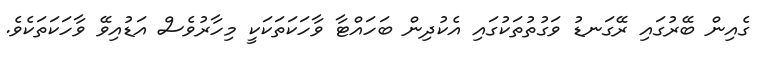
ގެއިން ބޭރުގައި ރޭގަނޑު ވަގުތުތަކުގައި އެކުދިން ބަހައްޓާ ވާހަކަތަކަކީ މިހާރުވެސް އަޑުއިވޭ ވާހަކަތަކެވެ.